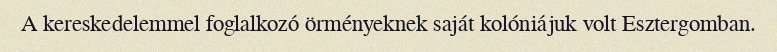
A kereskedelemmel foglalkozó örményeknek saját kolóniájuk volt Esztergomban.